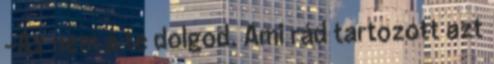
-Az nem a te dolgod. Ami rád tartozott azt